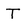
Character: T